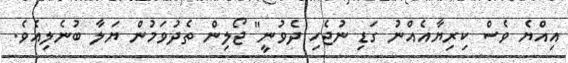
އިއްޔެ ވެސް ކިރިޔާއެއްނު ގަޑި ނުޖެހި ދެވުނީ" ޖޯލިން ތެދުވަމުން ޔަލާ ބުނެލިއެވެ.